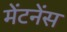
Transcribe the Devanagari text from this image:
मेंटनेंस